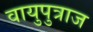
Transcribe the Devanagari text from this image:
वायुपुत्राज